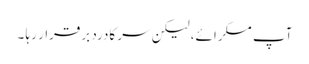
آپ مسکرائے، لیکن سر کادرد برقرار رہا ۔